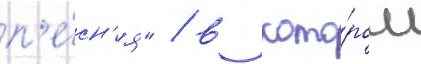
п'е́сн'я" / в кото́ром